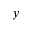
y